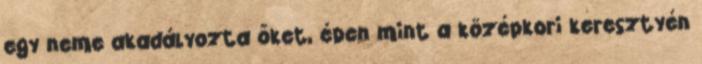
egy neme akadályozta őket, épen mint a középkori keresztyén